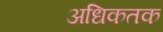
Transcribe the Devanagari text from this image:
अधिकतक